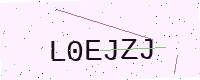
Text: L0EJZJ